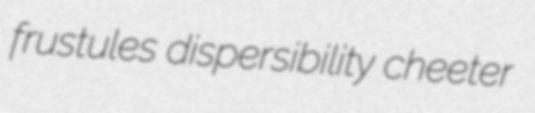
frustules dispersibility cheeter